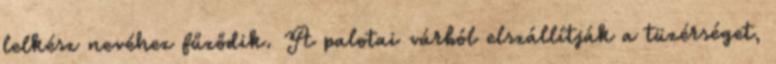
lelkész nevéhez fűződik. A palotai várból elszállítják a tüzérséget,